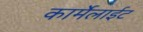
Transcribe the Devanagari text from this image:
कार्मेलाईट